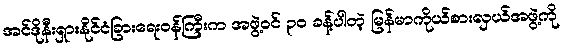
အင်ဒိုနီးရှားနိုင်ငံခြားရေးဝန်ကြီးက အဖွဲ့ဝင် ၃ဝ ခန့်ပါတဲ့ မြန်မာကိုယ်စားလှယ်အဖွဲ့ကို